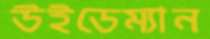
উইডেম্যান